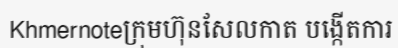
Khmernoteក្រុមហ៊ុនសែលកាត បង្កើតការ